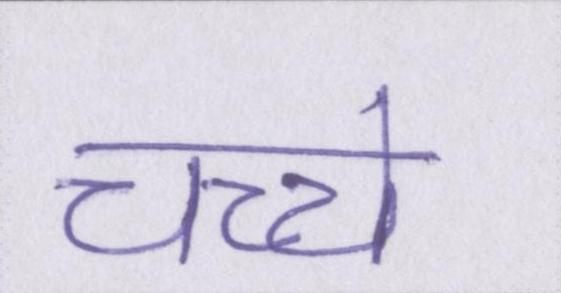
चच्चे